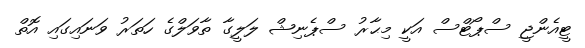
ޓީއެންޖީ ސްޕޯޓްސް އަކީ މިޙާރު ސްޕެނިޝް ލަލީގާ ތާވަލްގެ ހަތަރު ވަނައިގައި އޮތް